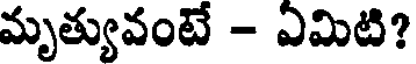
మృత్యువంటే - ఎమిటి?